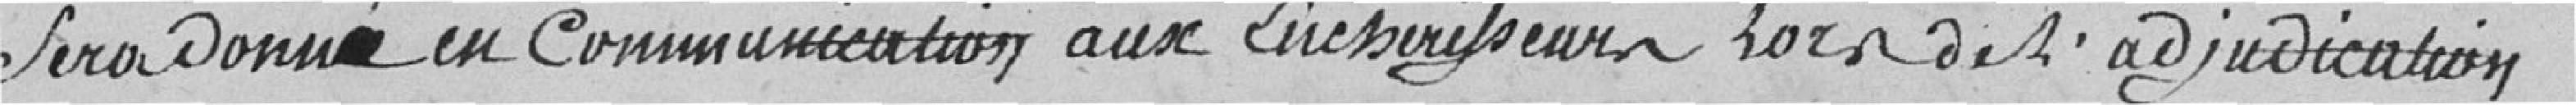
sera donné en communication aux enchérisseurs lors de l'adjudication.